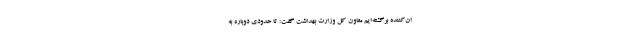
ان‌کننده‌ برگشته‌ایم معاون کل وزارت بهداشت گفت: تا حدودی دوباره به